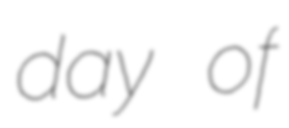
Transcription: day of